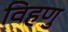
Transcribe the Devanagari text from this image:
विहणु